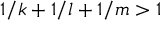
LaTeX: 1 / k + 1 / l + 1 / m > 1